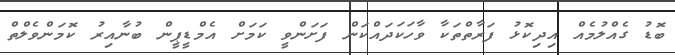
ބޮޑު ގެއްލުމެއް އިދިކޮޅު ފަރާތްތަކާ ވާހަކަދައްކަން ފަށަންވީ ކަމަށް އެމްޑީޕީން ބުނާއިރު ކޮމަންވެލްތް